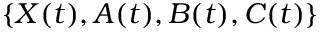
\{ X ( t ) , A ( t ) , B ( t ) , C ( t ) \}